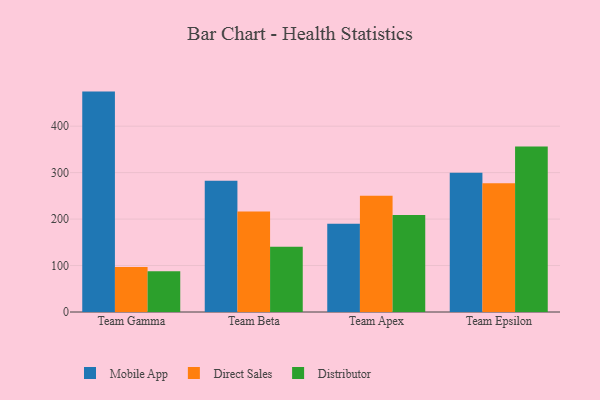
{"axis": {"x": "Team", "y": "Market Share (%)"}, "legend": ["Direct Sales", "Distributor", "Mobile App"], "data": [{"x": "Team Gamma", "y": 474.4, "type": "Mobile App"}, {"x": "Team Gamma", "y": 96.8, "type": "Direct Sales"}, {"x": "Team Gamma", "y": 87.8, "type": "Distributor"}, {"x": "Team Beta", "y": 282.7, "type": "Mobile App"}, {"x": "Team Beta", "y": 216.2, "type": "Direct Sales"}, {"x": "Team Beta", "y": 140.7, "type": "Distributor"}, {"x": "Team Apex", "y": 190.2, "type": "Mobile App"}, {"x": "Team Apex", "y": 250.3, "type": "Direct Sales"}, {"x": "Team Apex", "y": 208.6, "type": "Distributor"}, {"x": "Team Epsilon", "y": 299.6, "type": "Mobile App"}, {"x": "Team Epsilon", "y": 277.3, "type": "Direct Sales"}, {"x": "Team Epsilon", "y": 356.0, "type": "Distributor"}]}